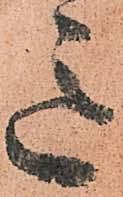
意